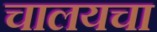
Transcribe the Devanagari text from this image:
चालयचा